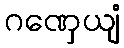
ဂဏှေယျံ